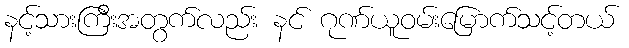
နင့်သားကြီးအတွက်လည်း နင် ဂုဏ်ယူဝမ်းမြောက်သင့်တယ်